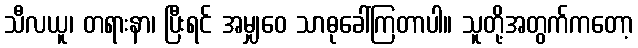
သီလယူ၊ တရားနာ၊ ပြီးရင် အမျှဝေ သာဓုခေါ်ကြတာပါ။ သူတို့အတွက်ကတော့